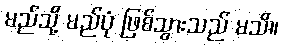
မည်သို့ မည်ပုံ ဖြစ်သွားသည် မသိ။